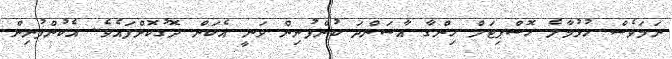
ނަމަވެސް ހުޅުމާލެ ހޮސްޕިޓަލް ހިންގާ އާސަންދަ ކުންފުނިން ވަނީ އެކަން ދޮގުކޮށްފައެވެ. އެކުންފުނިން